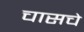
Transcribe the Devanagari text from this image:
चासचे